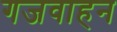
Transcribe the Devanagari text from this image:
गजवाहन